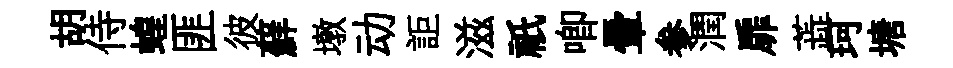
胡侍蝗匪彼蘚墩动詎滋祇唧暈参潤扉蕋珂塘